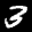
Label: 3